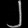
Digit: ၂